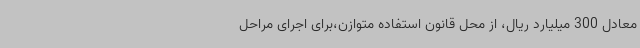
معادل 300 میلیارد ریال، از محل قانون استفاده متوازن،برای اجرای مراحل